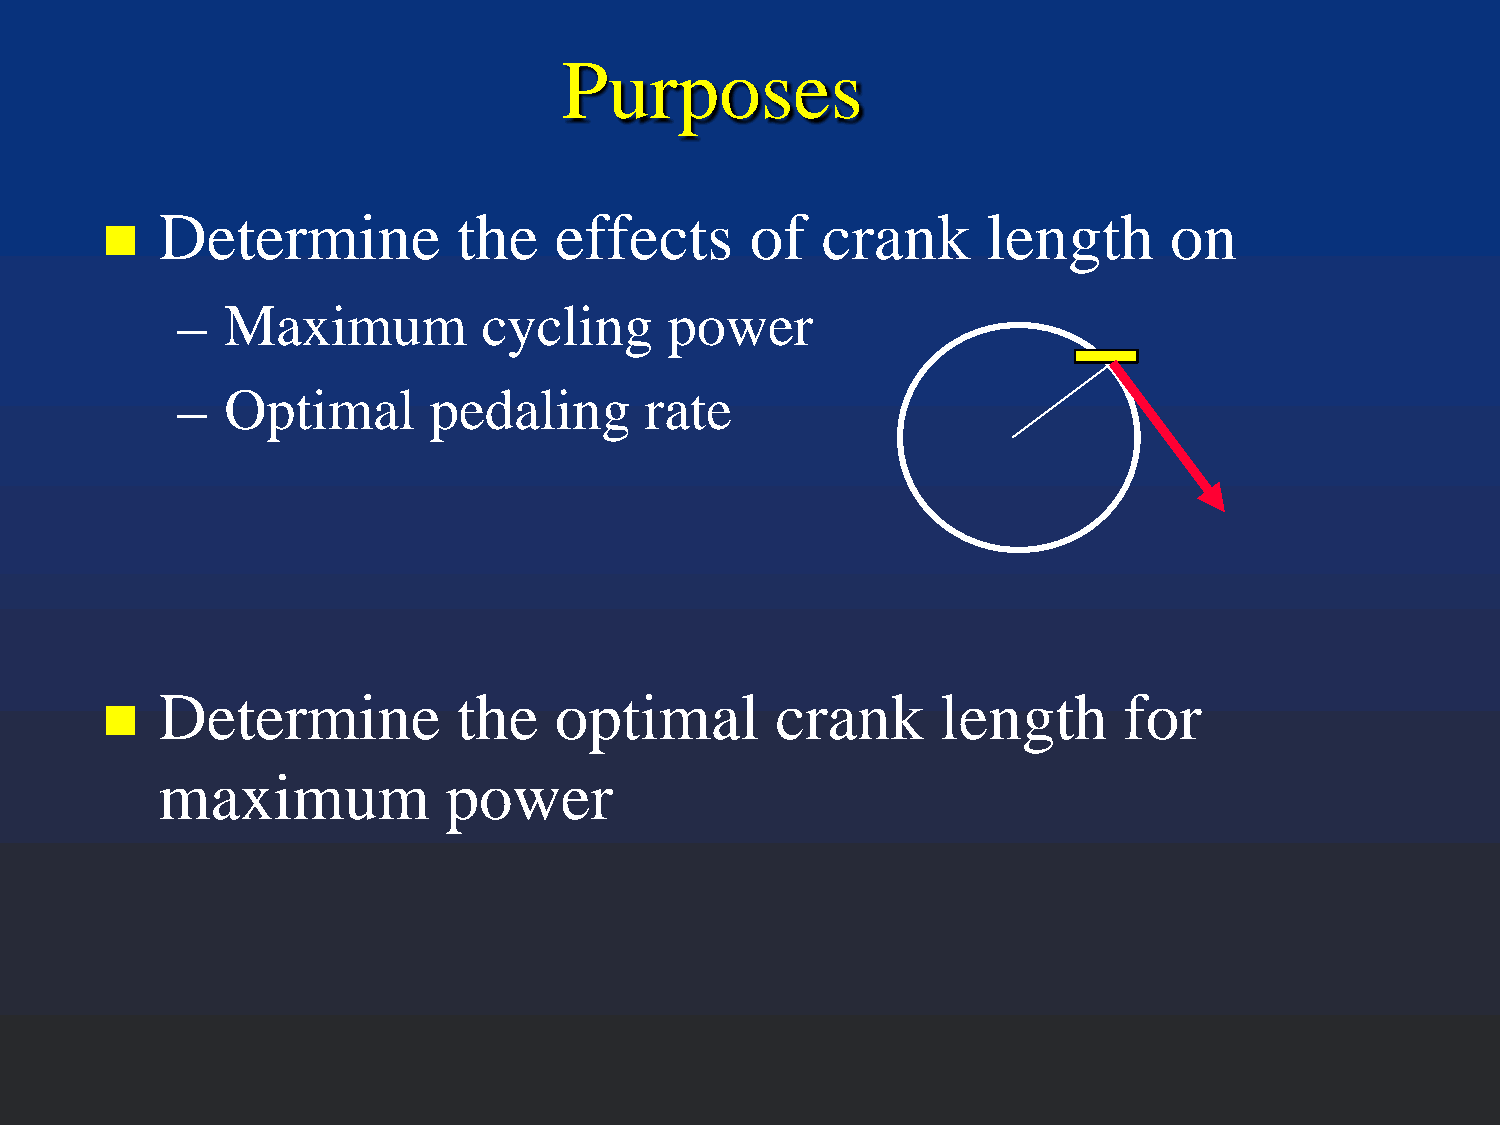
Purposes
 Determine           the    effects      of  crank      length      on
 
 –  Maximum          cycling     power
 –  Optimal      pedaling       rate
 Determine           the    optimal       crank      length      for
 
 maximum             power